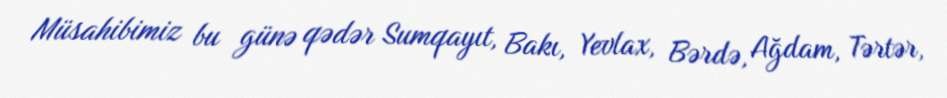
Müsahibimiz bu günə qədər Sumqayıt, Bakı, Yevlax, Bərdə, Ağdam, Tərtər,